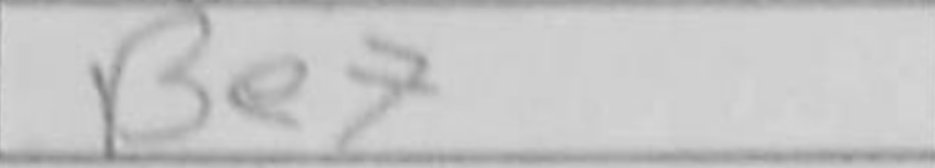
Transcription: Be7